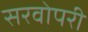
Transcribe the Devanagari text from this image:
सरवोपरी